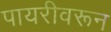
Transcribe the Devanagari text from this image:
पायरीवरून